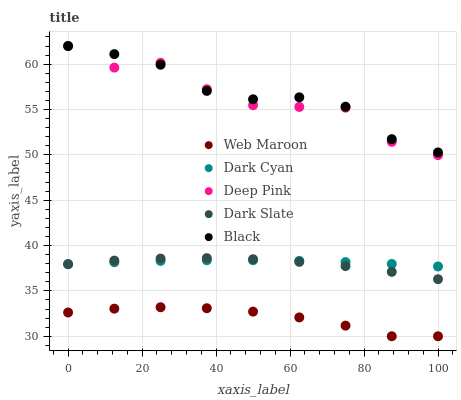
| xaxis_label | Web Maroon | Dark Cyan | Deep Pink | Dark Slate | Black |
 | --- | --- | --- | --- | --- | --- |
 | 0 | 32.6 | 38 | 62 | 37.9 | 62 |
 | 12.5 | 33 | 38.2 | 59.6 | 38.3 | 61.1 |
 | 25 | 33.2 | 38.3 | 60.1 | 38.6 | 59.9 |
 | 37.5 | 33.1 | 38.4 | 57.2 | 38.6 | 57.1 |
 | 50 | 32.7 | 38.4 | 55.5 | 38.5 | 56.1 |
 | 62.5 | 32.1 | 38.3 | 55.3 | 38.2 | 56.3 |
 | 75 | 31.2 | 38.2 | 55.2 | 37.7 | 55.3 |
 | 87.5 | 30 | 38 | 51.4 | 37.1 | 51.7 |
 | 100 | 30 | 37.7 | 50 | 36.3 | 50.3 |